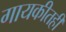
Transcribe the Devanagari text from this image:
गायकीतही